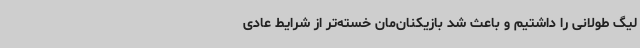
لیگ طولانی را داشتیم و باعث شد بازیکنان‌مان خسته‌تر از شرایط عادی